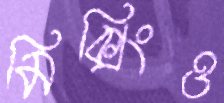
মিক্সিংও